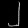
Digit: ၂